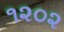
૧૨૦૨